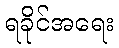
ရခိုင်အရေး